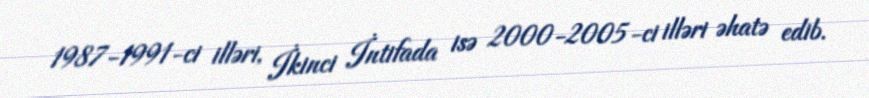
1987-1991-ci illəri, İkinci İntifada isə 2000-2005-ci illəri əhatə edib.